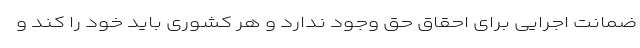
ضمانت اجرایی برای احقاق حق وجود ندارد و هر کشوری باید خود را کند و